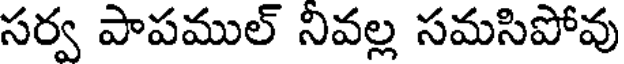
సర్వ పాపముల్ నివల్ల సమసిపోవు